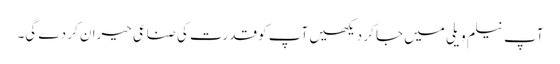
آپ نیلم ویلی میں جا کر دیکھیں آپ کو قدرت کی صناعی حیران کر دے گی۔